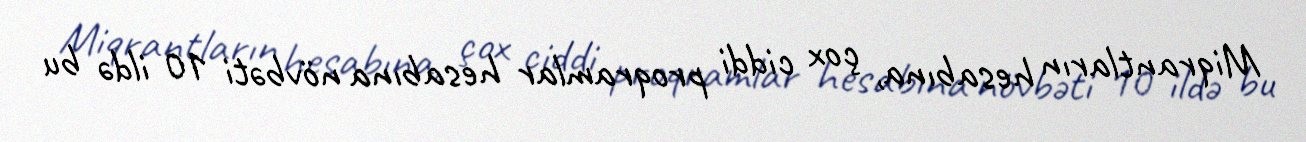
Miqrantların hesabına, çox ciddi proqramlar hesabına növbəti 10 ildə bu